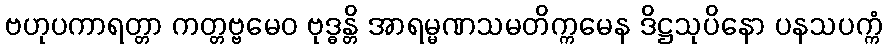
ဗဟုပကာရတ္တာ ကတ္တဗ္ဗမေဝ ဗုဒ္ဓန္တိ အာရမ္မဏသမတိက္ကမေန ဒိဋ္ဌသုပိနော ပနသပက္ကံ